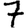
Digit: 7